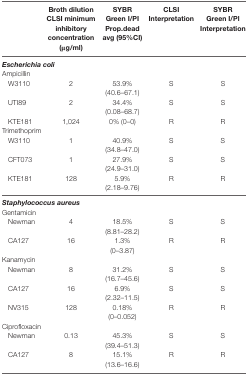
|  | Broth dilution CLSI minimum inhibitory concentration (μg/ml) | SYBR Green I/PI Prop.dead avg (95%CI) | CLSI Interpretation | SYBR Green I/Pl Interpretation |
 | --- | --- | --- | --- | --- |
 | <COLSPAN=5> Escherichia coli |
 | <COLSPAN=5> Ampicillin |
 | W3110 | 2 | 53.9% (40.6–67.1) | S | S |
 | UTI89 | 2 | 34.4% (0.08–68.7) | S | S |
 | KTE181 | 1,024 | 0% (0–0) | R | R |
 | <COLSPAN=5> Trimethoprim |
 | W3110 | 1 | 40.9% (34.8–47.0) | S | S |
 | CFT073 | 1 | 27.9% (24.9–31.0) | S | S |
 | KTE181 | 128 | 5.9% (2.18–9.76) | R | R |
 | <COLSPAN=5> Staphylococcus aureus |
 | <COLSPAN=5> Gentamicin |
 | Newman | 4 | 18.5% (8.81–28.2) | S | S |
 | CA127 | 16 | 1.3% (0–3.87) | R | R |
 | <COLSPAN=5> Kanamycin |
 | Newman | 8 | 31.2% (16.7–45.6) | S | S |
 | CA127 | 16 | 6.9% (2.32–11.5) | S | S |
 | NV315 | 128 | 0.18% (0–0.052) | R | R |
 | <COLSPAN=5> Ciprofloxacin |
 | Newman | 0.13 | 45.3% (39.4–51.3) | S | S |
 | CA127 | 8 | 15.1% (13.6–16.6) | R | R |